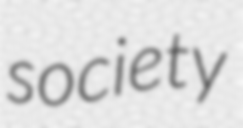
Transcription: society